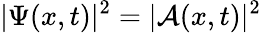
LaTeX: |\Psi(x,t)|^{2}=|\mathcal{A}(x,t)|^{2}